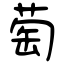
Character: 萄